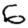
Digit: 6